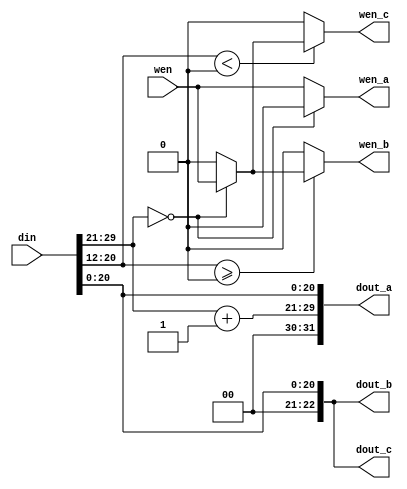
//////////////////////////////////////////////////////////////////////////////////
// PathDecoder3Way.v
//
// The combinational logic or the forward east / forward west modules.
//
// For forward east:
//  - ADD should be set to -1
//  - dout_a goes to east out
//  - dout_b goes to forward north
//  - dout_c goes to forward south
//
// For forward west:
//  - ADD should be set to 1
//  - dout_a goes to west out
//  - dout_b goes to forward north
//  - dout_c goes to forward south
//////////////////////////////////////////////////////////////////////////////////


module PathDecoder3Way#(
    parameter DATA_WIDTH = 32,
    parameter DX_MSB = 29,
    parameter DX_LSB = 21,
    parameter DY_MSB = 20,
    parameter DY_LSB = 12,
    parameter ADD = 1
)(
    input [DATA_WIDTH-1:0] din,
    input wen,
    output [DATA_WIDTH-1:0] dout_a,
    output wen_a,
    output [DATA_WIDTH-1-(DX_MSB-DY_MSB):0] dout_b,
    output wen_b,
    output [DATA_WIDTH-1-(DX_MSB-DY_MSB):0] dout_c,
    output wen_c
);

    wire [DX_MSB:DX_LSB] dx;
    wire signed [DY_MSB:DY_LSB] dy;
    assign dx = din[DX_MSB:DX_LSB];
    assign dy = din[DY_MSB:DY_LSB];
    
    wire [DX_MSB:DX_LSB] dx_plus_add;
    assign dx_plus_add = dx + ADD;
    
//    assign dout_a = DATA_WIDTH-1 == DX_MSB ? {dx_plus_add, din[DX_LSB-1:0]} : {din[DATA_WIDTH-1:DX_MSB+1], dx_plus_add, din[DX_LSB-1:0]};
    assign dout_a = {dx_plus_add, din[DX_LSB-1:0]};
    assign wen_a = dx == 0 ? 0 : wen;
    
//    assign dout_b = DATA_WIDTH-1 == DX_MSB ? din[DX_LSB-1:0] : {din[DATA_WIDTH-1:DX_MSB+1], din[DX_LSB-1:0]};
    assign dout_b = din[DX_LSB-1:0];
    assign wen_b = dy >= 0 ? (dx == 0 ? wen : 0) : 0;
    
//    assign dout_c = DATA_WIDTH-1 == DX_MSB ? din[DX_LSB-1:0] : {din[DATA_WIDTH-1:DX_MSB+1], din[DX_LSB-1:0]};
    assign dout_c = din[DX_LSB-1:0];
    assign wen_c = dy < 0 ? (dx == 0 ? wen : 0) : 0;

endmodule